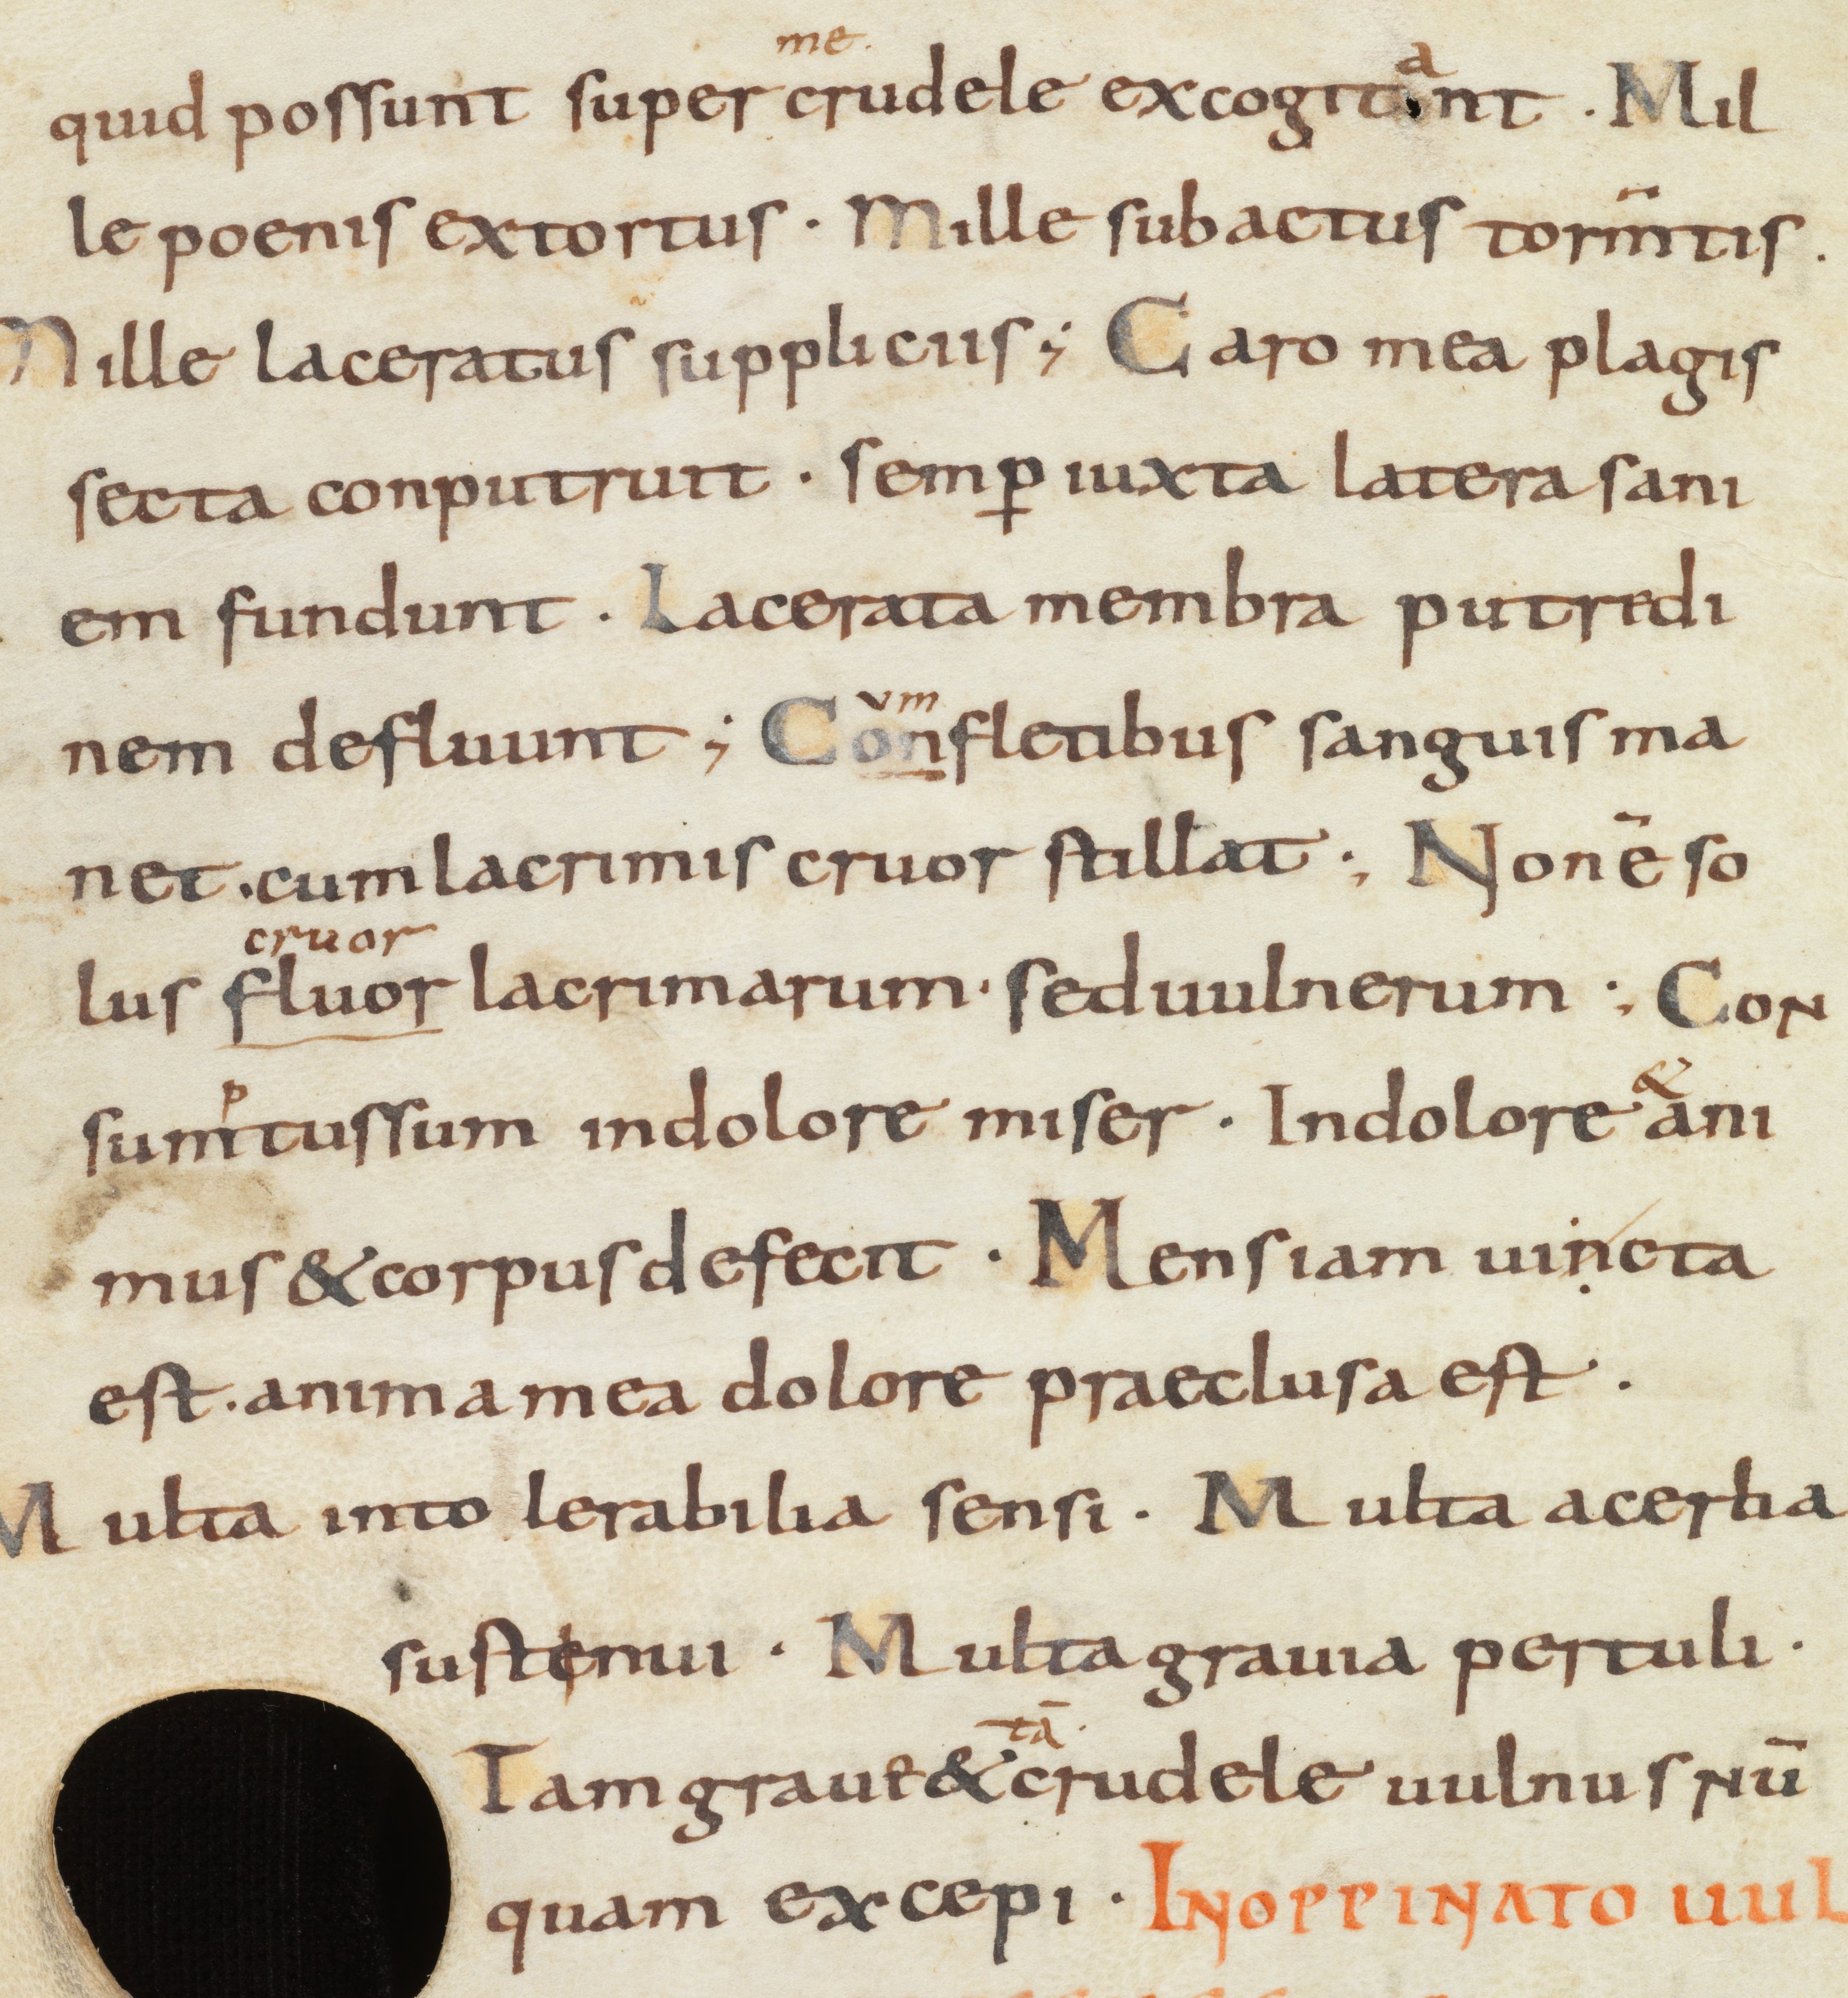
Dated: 866–899